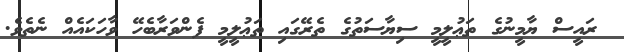
ރައީސް ޔާމީނުގެ ތަޢުލީމީ ސިޔާސަތުގެ ތެރޭގައި ތަޢުލީމީ ފެންވަރާބެހޭ ވާހަކައެއް ނެތެވެ.